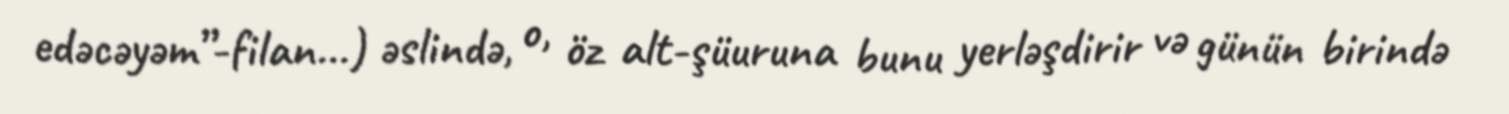
edəcəyəm”-filan...) əslində, o, öz alt-şüuruna bunu yerləşdirir və günün birində